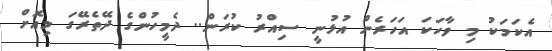
އެކަމަކު މި ވާހަކަ އަހަރެން އުޅުނީ ސިއްރު ކުރަން.. ދެމީހުންގެ ދޭތެރޭގަ މިއޮށް